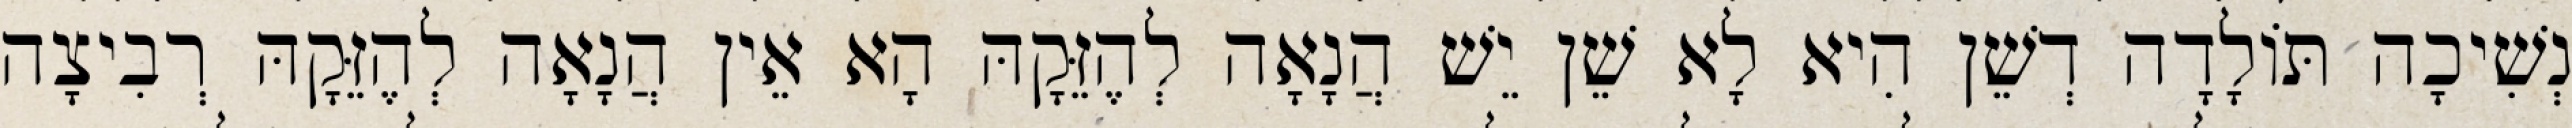
נְשִׁיכָה תּוֹלָדָה דְשֵׁן הִיא לָא שֵׁן יֵשׁ הֲנָאָה לְהֶזֵּקָהּ הָא אֵין הֲנָאָה לְהֶזֵּקָהּ רְבִיצָה